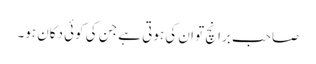
صاحب برانچ تو ان کی ہوتی ہے جن کی کوئی دکان ہو۔